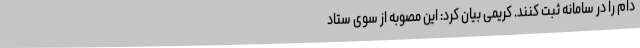
دام را در سامانه ثبت کنند. کریمی بیان کرد: این مصوبه از سوی ستاد